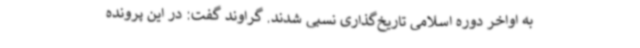
به اواخر دوره اسلامی تاریخ‌گذاری نسبی شدند. گراوند گفت: در این پرونده